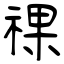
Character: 祼